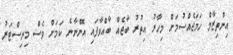
އިންތިޒާމް ހަމަޖެއްސުމަށް މިހާރު އިތުރު ބާޖެއް ބާއްވާފައި އޮންނާނެ ކަމަށް ވެސް މިނިސްޓަރު